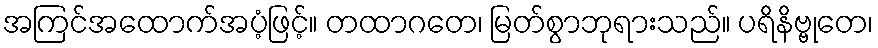
အကြင်အထောက်အပံ့ဖြင့်။ တထာဂတေ၊ မြတ်စွာဘုရားသည်။ ပရိနိဗ္ဗုတေ၊